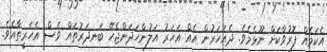
އެކަމެއް ފޮރުވާކަށް ނޫޅެމެވެ. ދެއަހަރުން އެއް އަހަރު އަލުންހަދަންޖެހޭ ބަނދަރުތައް ވެސް އެހެރީތާއެވެ.